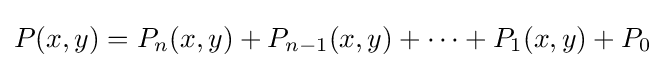
P(x,y)=P_{n}(x,y)+P_{n-1}(x,y)+\cdots +P_{1}(x,y)+P_{0}